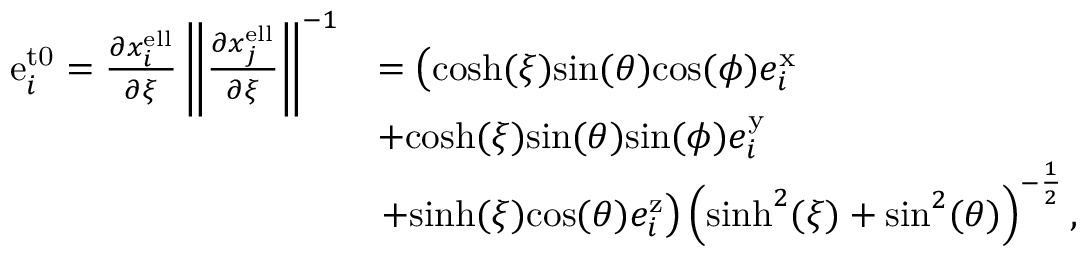
\begin{array} { r l } { \mathrm { e } _ { i } ^ { \mathrm { t 0 } } = \frac { \partial x _ { i } ^ { \mathrm { e l l } } } { \partial \xi } \left\| \frac { \partial x _ { j } ^ { \mathrm { e l l } } } { \partial \xi } \right\| ^ { - 1 } } & { = \left( \mathrm { c o s h } ( \xi ) \mathrm { s i n } ( \theta ) \mathrm { c o s } ( \phi ) e _ { i } ^ { \mathrm { x } } \right. } \\ & { + \mathrm { c o s h } ( \xi ) \mathrm { s i n } ( \theta ) \mathrm { s i n } ( \phi ) e _ { i } ^ { \mathrm { y } } } \\ & { \left. + \mathrm { s i n h } ( \xi ) \mathrm { c o s } ( \theta ) e _ { i } ^ { \mathrm { z } } \right) \left( \mathrm { s i n h } ^ { 2 } ( \xi ) + \mathrm { s i n } ^ { 2 } ( \theta ) \right) ^ { - \frac { 1 } { 2 } } , } \end{array}